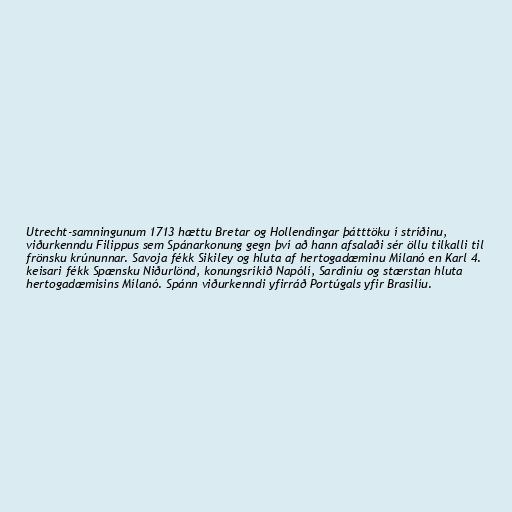
Utrecht-samningunum 1713 hættu Bretar og Hollendingar þátttöku í stríðinu,
viðurkenndu Filippus sem Spánarkonung gegn því að hann afsalaði sér öllu tilkalli til
frönsku krúnunnar. Savoja fékk Sikiley og hluta af hertogadæminu Mílanó en Karl 4.
keisari fékk Spænsku Niðurlönd, konungsríkið Napólí, Sardiníu og stærstan hluta
hertogadæmisins Mílanó. Spánn viðurkenndi yfirráð Portúgals yfir Brasilíu.